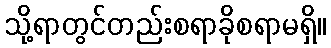
သို့ရာတွင်တည်းစရာခိုစရာမရှိ။